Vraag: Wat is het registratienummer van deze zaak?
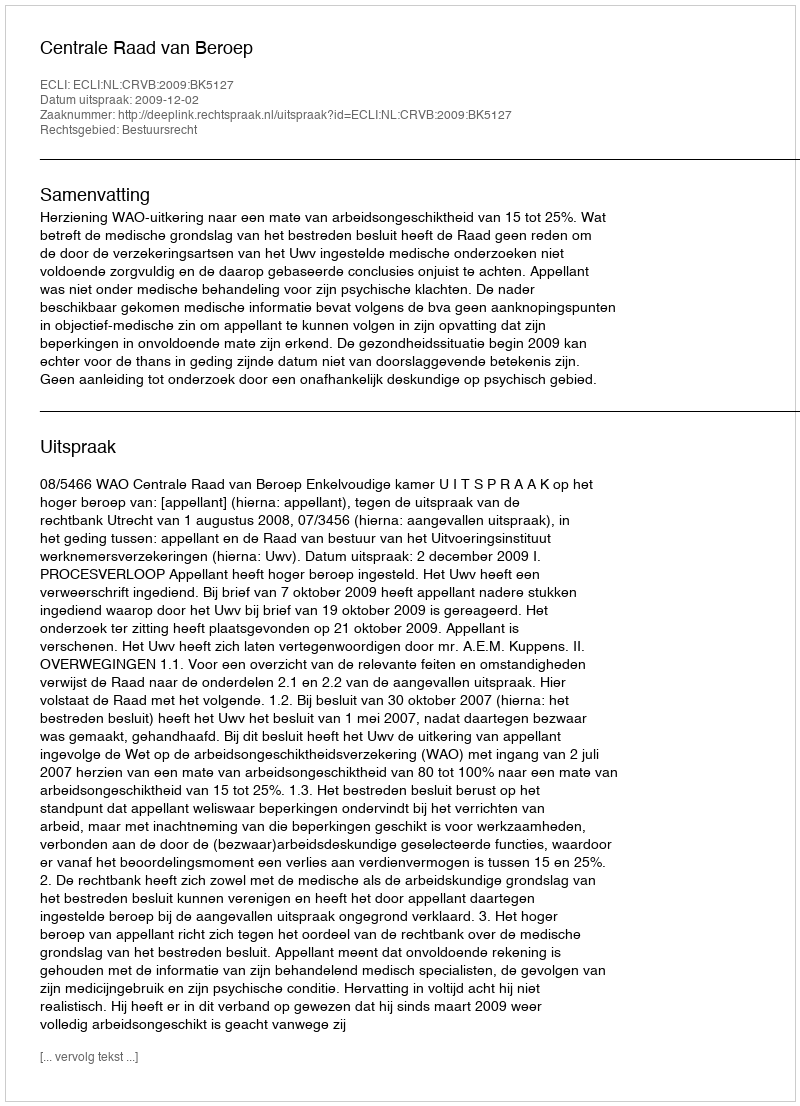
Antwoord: http://deeplink.rechtspraak.nl/uitspraak?id=ECLI:NL:CRVB:2009:BK5127